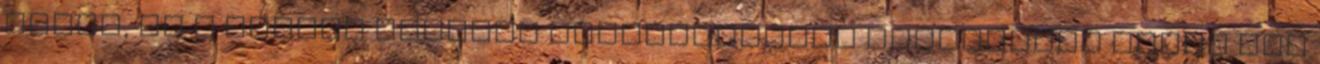
élnek, és a férﬁak apasági valószínűsége viszonylag magas ami